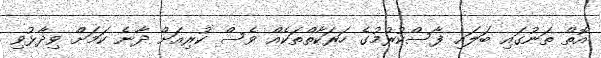
އޮތް ތަނުގައި ބަލައި ފާސްކުރުމުގެ ހަރަކާތްތަކެއް ވެސް ކުރިއަށް ދާނެ ކަމަށް ވިދާޅުވި